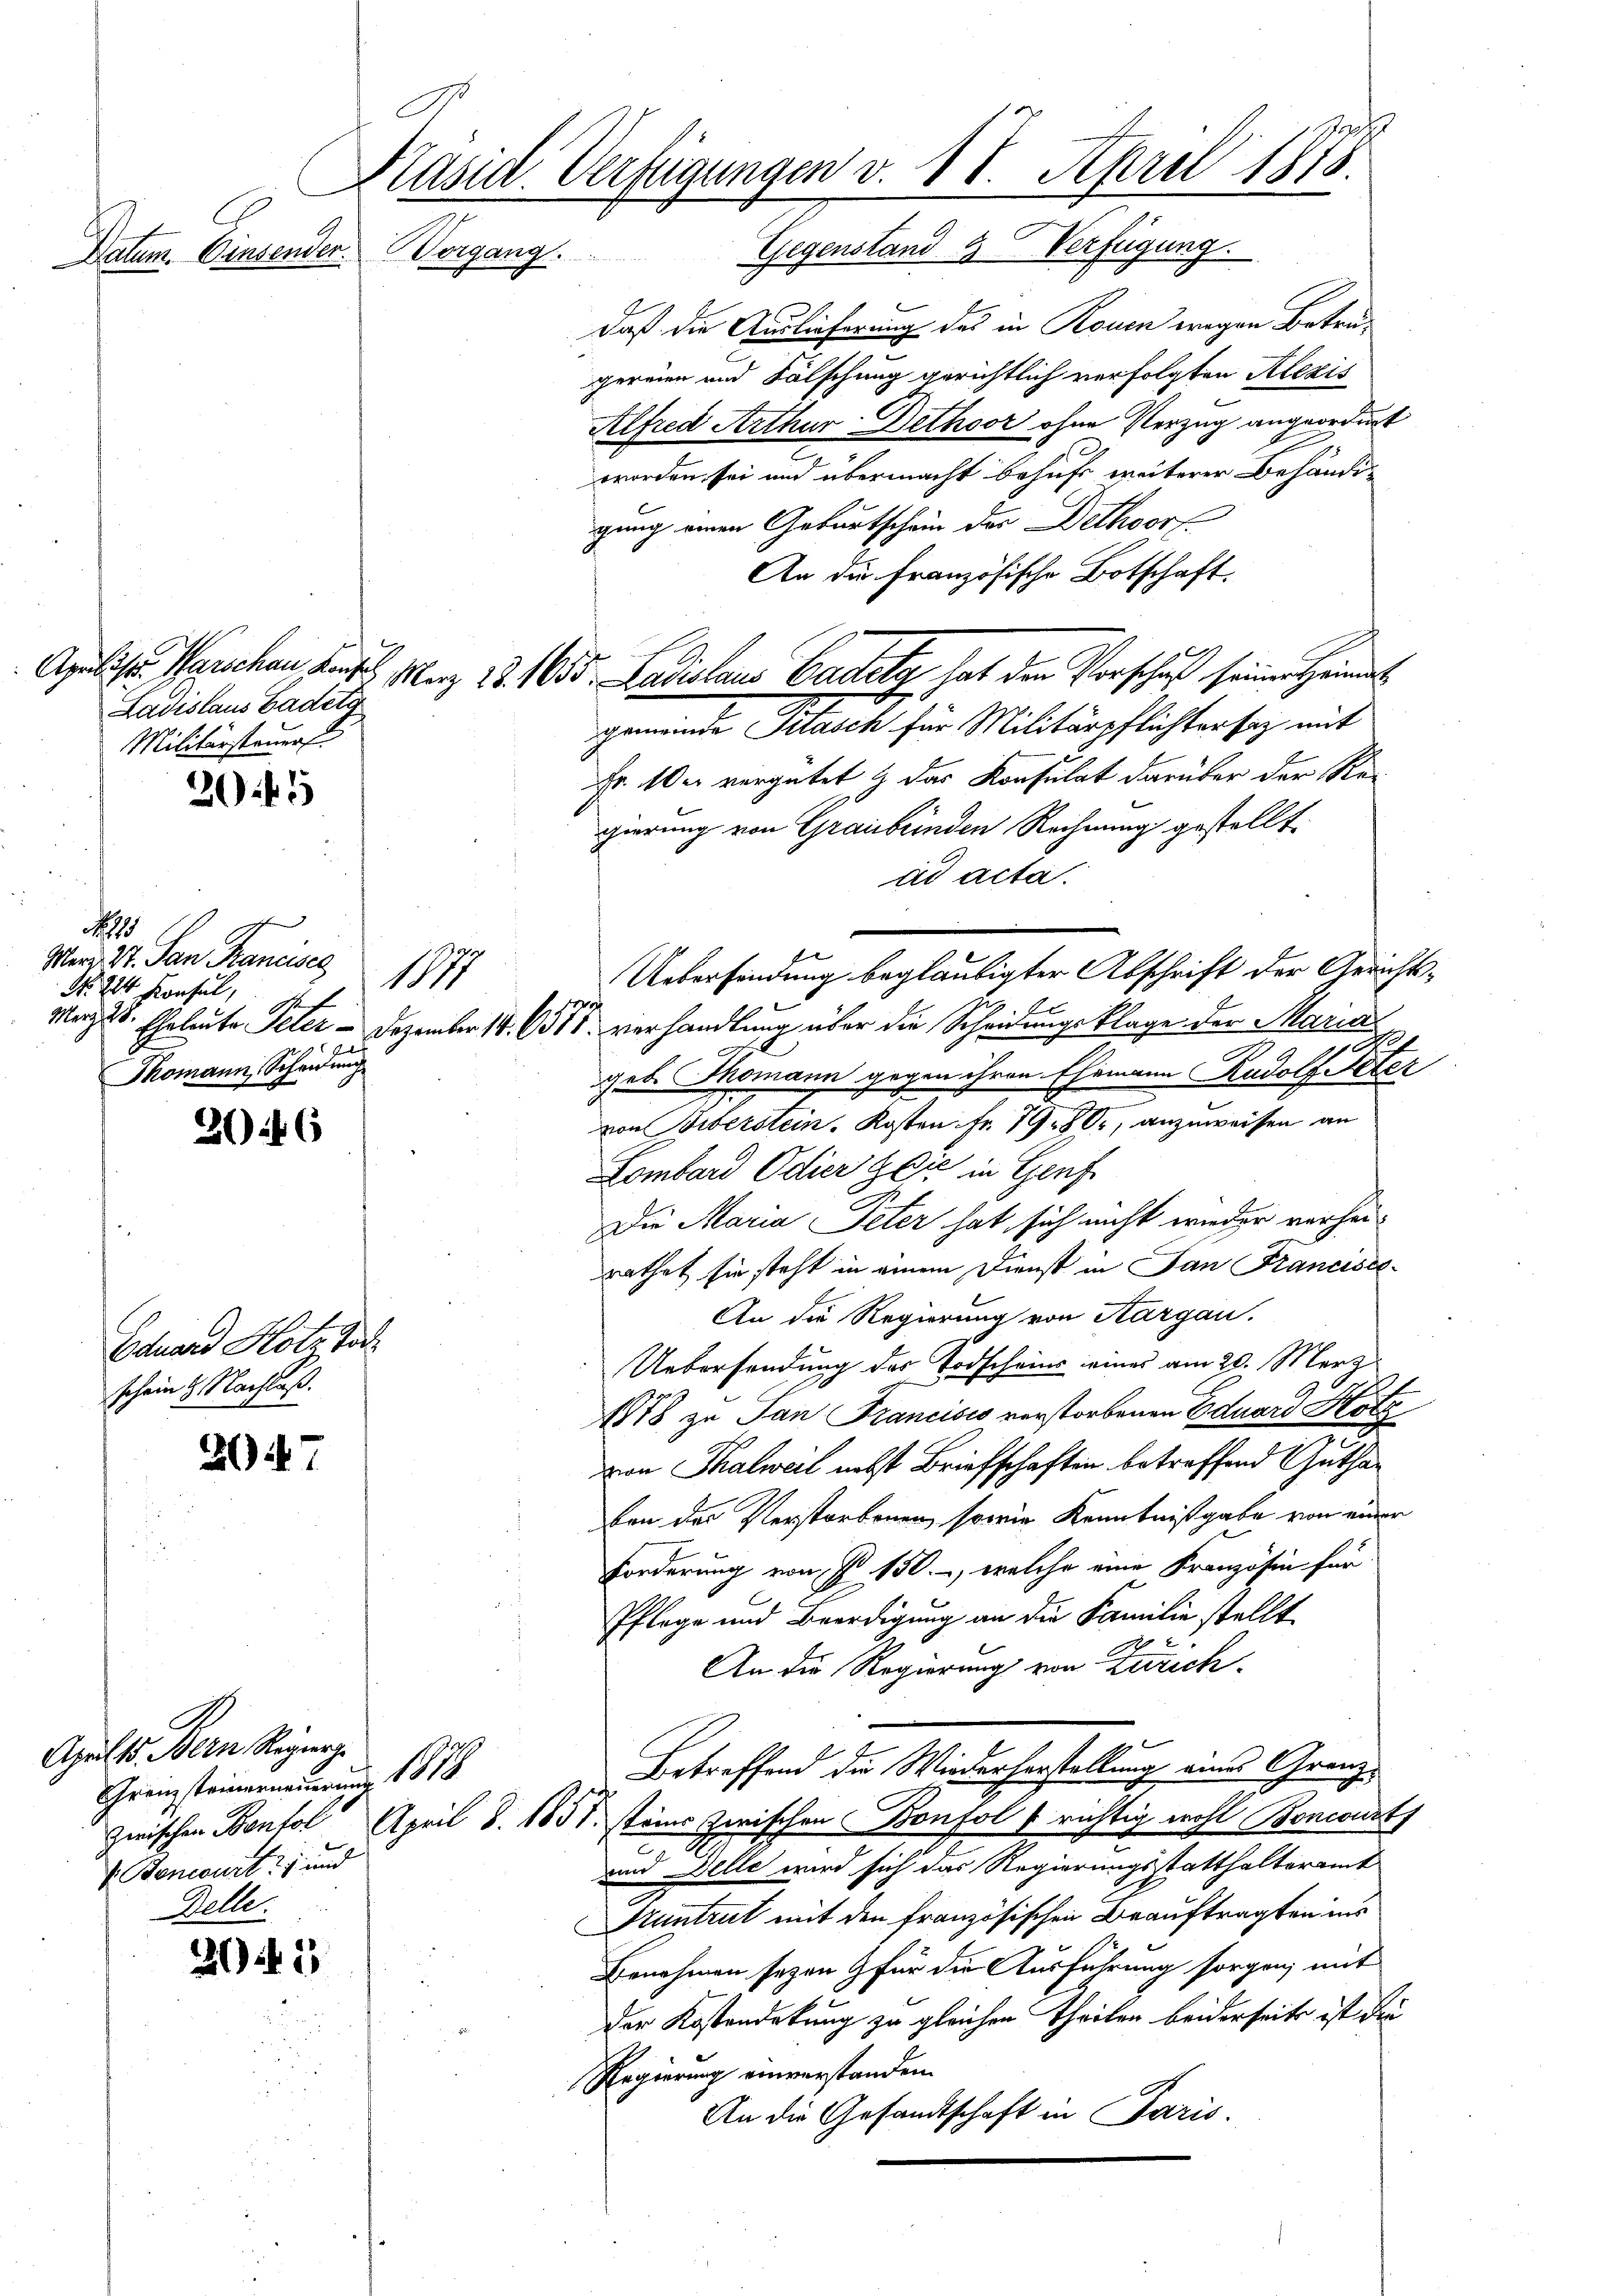
Präsid. Verfügungen v. 18. April 1875.
organg. Gegenstand 3 Verfügung
Datum. Einsenden.

Ladislaus Cadetg
Militärsteuer.

20 f 5

26

Eduard Hotz Tod
schein 2 Nachlaß.

3047

2041

s
Ward St. San Francises
1877
No. 224. Konsul,
M
Thomann, Scheidung

Aprilt. Bern Regier
Grenzsteinerneuerung 1878
V. Bencourt 21 und
Gelle.

daß die Auslieferung des in Rouen wegen Betrugereien und Fälschung gerichtlich verfolgten Alexis
Alfred Arthur Dethoor ohne Verzug angeordnet
worden sei und übermacht behufs weiterer Behändigung einen Geburtschein der Dethoorf
An die französische Botschaft.
Fr. 10. vergütet & das Konsulat darüber der Regierung von Graubünden Rechnung gestellt.
ad acta.
Sz. B.
Merz u. Eheleute Peter - Dezember 14. 631. verhandlung über die Schauungsklage der Marias
d
geb. Thomann gegen ihren Ehemann Rudolf Peter
e
von Biberstein. Kosten Fr. 79. 80, anzuweisen an
Lombard Odier Gaić in Genf
Die Maria Peter hat sich nicht wieder verheirathet sie steht in einem Dienst in San Francisc¬
An die Regierung von Aargau.
Uebersendung des Todscheins eines am 20. März
1878 zu San Francisis verstorbenen Eduard Hotz
von Thalweil nebst Briefschaften betreffend Guthaben der Verstorbenen, sowie Kenntnißgabe von einer
Forderung von P. 150., welche eine Kranzösin für
Pflege und Beerdigung an die Familie stellt
An die Regierung von Zürich
Betreffend die Wiederherstellung eines Granzzwischen Bentol April 8. 1857 steins zwischen Bonfol richtig wohl Boncourt
und Delle wird sich das Regierungsstatthalteramt
Kuntrut mit den französischen Beauftragten ins
Benehmen seyen & für die Ausführung sorgen; mit
der Kostendekung zu gleichen Theilen beiderseits ist die
Regierung einverstanden.
An die Gesandtschaft in Paris

Apulitt. Manchen Kath. Merz 131655. Ladislaus Cadely hat den Vorschuß seinen Heimat
gemeinde Klasch für Militärpflichtersaz mit

wer

Ueberfindung beglaubigter Abschrift der Gerichts¬